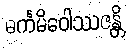
ဓင်္ကမိဝေါဿဇန္တိ